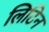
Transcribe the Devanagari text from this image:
लिटिन